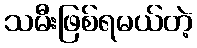
သမီးဖြစ်ရမယ်တဲ့